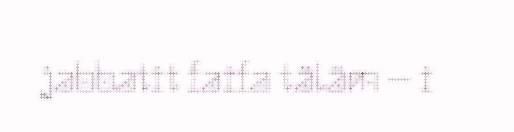
jabbatit faifa täläm – i